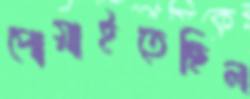
পোয়াইতেছিল